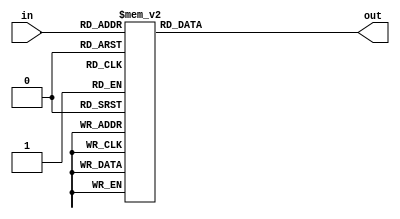
module deco48(input [3:0] in, output reg [15:0] out);

always @(in)
begin 
case(in)
4'b0000: out =16'b0000000000000001;
4'b0001: out =16'b0000000000000010;
4'b0010: out =16'b0000000000000100;
4'b0011: out =16'b0000000000001000;
4'b0100: out =16'b0000000000010000;
4'b0101: out =16'b0000000000100000;
4'b0110: out =16'b0000000001000000;
4'b0111: out =16'b0000000010000000;
4'b1000: out =16'b0000000100000000;
4'd9:    out =16'b0000001000000000;
4'd10:   out =16'b0000010000000000;
4'd11:   out =16'b0000100000000000;
4'd12:   out =16'b0001000000000000;
4'd13:   out =16'b0010000000000000;
4'd14:   out =16'b0100000000000000;
4'd15:   out =16'b1000000000000000;


default: out =16'dx;
endcase end
endmodule